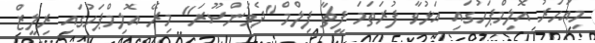
މިއަހަރު އޮލިމްޕަހުގައި އަޅުވާ ފުރަތަމަ ފީޗާ ފިލްމް "ދެވަންސޫރަ" މިރޭ އޮލިމްޕަހުގައި ރިލީޒް